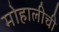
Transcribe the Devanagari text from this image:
मोहालीची